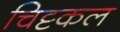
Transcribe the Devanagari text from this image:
चिट्टकल